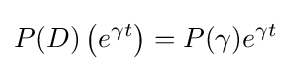
P(D)\left(e^{\gamma t}\right)=P(\gamma )e^{\gamma t}